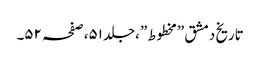
تاریخ دمشق ”مخطوط”،جلد ٥١،صفحہ ٥٢۔